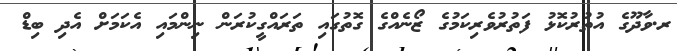
ރ.ވާދޫގެ އުތުރުކޮޅު ފަތުރުވެރިކަމުގެ ޒޯނެއްގެ ގޮތުގައި ތަރައްގީކުރަން ނިންމައި އެކަމަށް އެދި ބިޑް